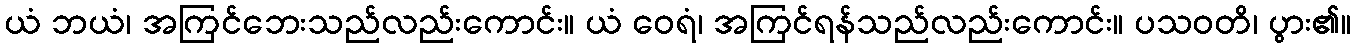
ယံ ဘယံ၊ အကြင်ဘေးသည်လည်းကောင်း။ ယံ ဝေရံ၊ အကြင်ရန်သည်လည်းကောင်း။ ပသဝတိ၊ ပွား၏။